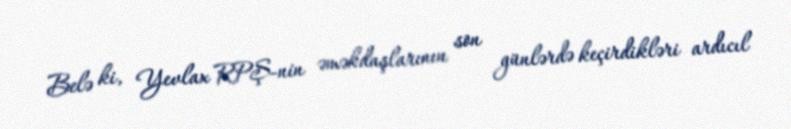
Belə ki, Yevlax RPŞ-nin əməkdaşlarının son günlərdə keçirdikləri ardıcıl